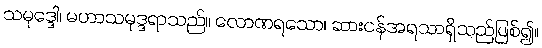
သမုဒ္ဒေါ၊ မဟာသမုဒ္ဒရာသည်။ လောဏရသော၊ ဆားငန်အရသာရှိသည်ဖြစ်၍။